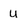
Character: U